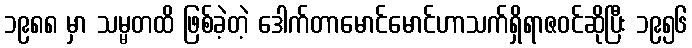
၁၉၈၈ မှာ သမ္မတထိ ဖြစ်ခဲ့တဲ့ ဒေါက်တာမောင်မောင်ဟာသက်ရှိရာဇဝင်ဆိုပြီး ၁၉၅၆